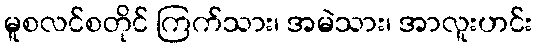
မူစလင်စတိုင် ကြက်သား၊ အမဲသား၊ အာလူးဟင်း